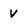
Character: v